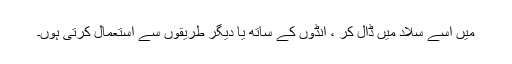
میں اسے سلاد میں ڈال کر ، انڈوں کے ساتھ یا دیگر طریقوں سے استعمال کرتی ہوں۔